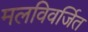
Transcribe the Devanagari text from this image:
मलविवर्जित